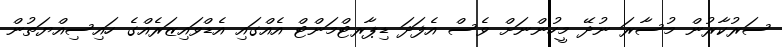
ސަރުކާރުން މުސާރަ ނުދޭ މީހުންނަށް ވެސް އެފަދަ ޑިޕާރޓްމަންޓް އެއްގައި އެޑްވައިޒަރެއްގެ ހައިސިއްޔަތުން